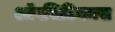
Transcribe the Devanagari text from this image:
ऑपसिडियनस